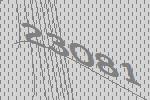
23081